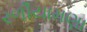
રળીયામણા